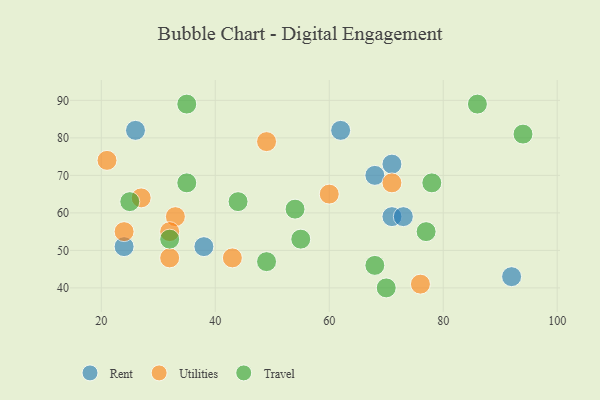
{"axis": {"x": "GDP", "y": "Life Expectancy"}, "legend": ["Rent", "Travel", "Utilities"], "data": [{"x": "71", "y": 59, "type": "Rent"}, {"x": "24", "y": 51, "type": "Rent"}, {"x": "62", "y": 82, "type": "Rent"}, {"x": "73", "y": 59, "type": "Rent"}, {"x": "92", "y": 43, "type": "Rent"}, {"x": "71", "y": 73, "type": "Rent"}, {"x": "26", "y": 82, "type": "Rent"}, {"x": "38", "y": 51, "type": "Rent"}, {"x": "68", "y": 70, "type": "Rent"}, {"x": "32", "y": 48, "type": "Utilities"}, {"x": "71", "y": 68, "type": "Utilities"}, {"x": "49", "y": 79, "type": "Utilities"}, {"x": "33", "y": 59, "type": "Utilities"}, {"x": "32", "y": 55, "type": "Utilities"}, {"x": "21", "y": 74, "type": "Utilities"}, {"x": "60", "y": 65, "type": "Utilities"}, {"x": "76", "y": 41, "type": "Utilities"}, {"x": "24", "y": 55, "type": "Utilities"}, {"x": "43", "y": 48, "type": "Utilities"}, {"x": "27", "y": 64, "type": "Utilities"}, {"x": "55", "y": 53, "type": "Travel"}, {"x": "32", "y": 53, "type": "Travel"}, {"x": "94", "y": 81, "type": "Travel"}, {"x": "35", "y": 89, "type": "Travel"}, {"x": "49", "y": 47, "type": "Travel"}, {"x": "44", "y": 63, "type": "Travel"}, {"x": "77", "y": 55, "type": "Travel"}, {"x": "25", "y": 63, "type": "Travel"}, {"x": "35", "y": 68, "type": "Travel"}, {"x": "70", "y": 40, "type": "Travel"}, {"x": "78", "y": 68, "type": "Travel"}, {"x": "68", "y": 46, "type": "Travel"}, {"x": "86", "y": 89, "type": "Travel"}, {"x": "54", "y": 61, "type": "Travel"}]}